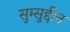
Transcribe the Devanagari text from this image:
सुम्सुद्दीन